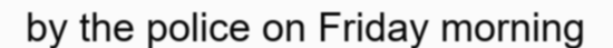
by the police on Friday morning